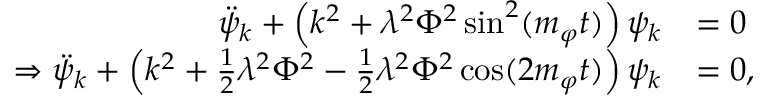
\begin{array} { r l } { \ddot { \psi } _ { k } + \left( k ^ { 2 } + \lambda ^ { 2 } \Phi ^ { 2 } \sin ^ { 2 } ( m _ { \varphi } t ) \right) \psi _ { k } } & { = 0 } \\ { \Rightarrow \ddot { \psi } _ { k } + \left( k ^ { 2 } + \frac { 1 } { 2 } \lambda ^ { 2 } \Phi ^ { 2 } - \frac { 1 } { 2 } \lambda ^ { 2 } \Phi ^ { 2 } \cos ( 2 m _ { \varphi } t ) \right) \psi _ { k } } & { = 0 , } \end{array}